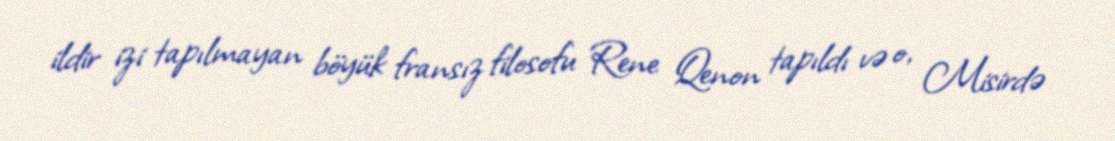
ildir izi tapılmayan böyük fransız filosofu Rene Qenon tapıldı və o, Misirdə